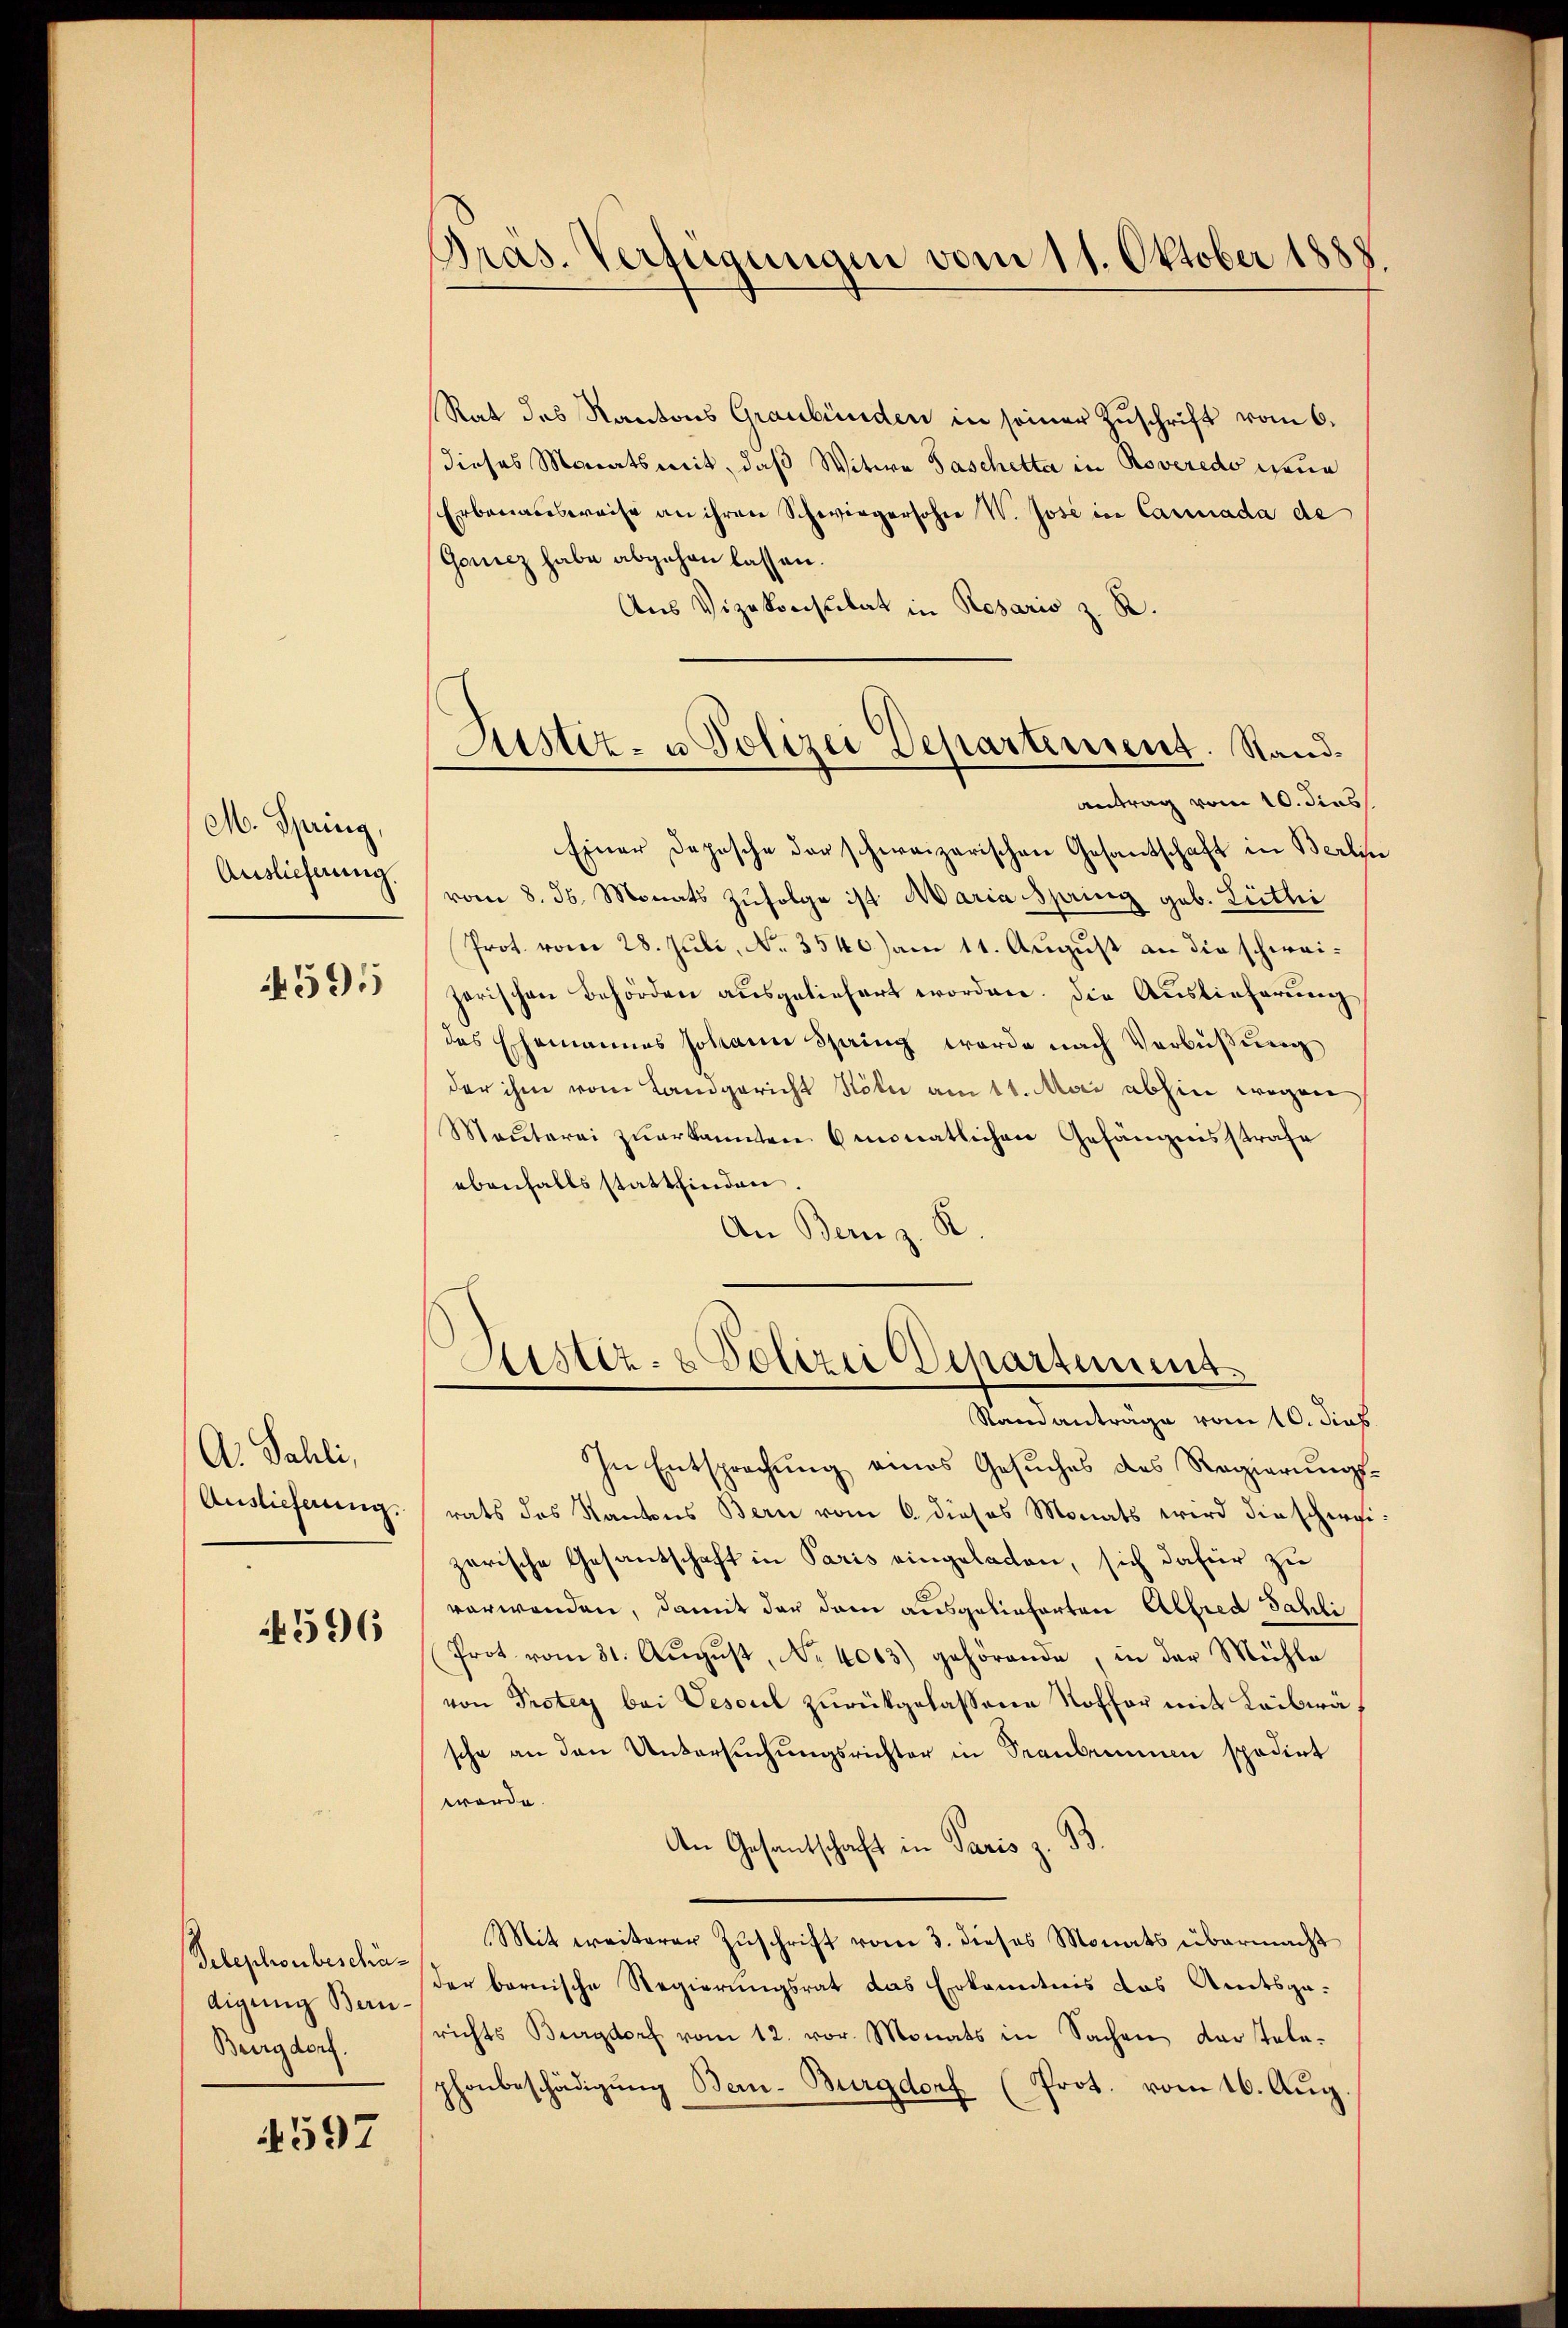
M. Spring,
Auslieferung.
591

A. Sahli,
Auslieferung.

4596

Telephonbeschädigung Beru¬
Burgdorf.

4597

Pras. Verfügungen vom 11. Oktober 1888

Rat des Kantons Graubünden in seiner Zŭschrift vom 6.
dieses Monatsmit, daß Witwe Taschetta in Roveredo wenn
Erbanausweise an ihren Schwiegersohne W. Jose in Canada de
Gonicz habe abgehen lassen.
Aus Vizekonstitat in Resaris z. R.
antrag vom 10. dies
Einer Depesche der schweizerischen Gesandschaft in Berlin
vom 8. ds. Monats zufolge ist Maria spring geb. Linthi
Prot. vom 28. Juli, No. 3540) am 11. August an die schweizerischen Behörden ausgeliefert worden. Die Auslieferung
das Ehemannes Johann Sprung werde nach Verbüßung
der ihm vom Landgericht Köln am 11. Mai abhin wegen
Manterei zuerkannten 6 monatlichen Gefängnisstrafe
ebenfalls stattfinden.
An Bern z. K
Astiz- & Polizei Departement.
Standantrage vom 10. dies
In Entsprechung eines Gesuches des Regierungsrats des Kantons Bern vom 6. dieses Monats wird diescherizerische Gesantschaft in Paris eingeladen, sich dafür zu
verwenden, damit der dem ausgelieferten Alfred Sahli
Prot. vom 31. Aŭgŭst No. 4063) gehörende, in der Mühle
von Protey bei Vesoul zurückgelassene Noffer mit Leibwäsche an den Untersuchungsrichter in Staubernen spedirt
werde.
An Gesantschaft in Paris z. 93.
Mit weiterer Zŭschrift vom 3. dieses Monats übermacht
der bernische Regierungsrat das Erkanntnis das Amtsge-
richts Burgdorf vom 12. vor. Monats in Sachen darstelephonbeschädigŭng Bern-Burgdorf (Prot. vom 16. Aug.

Justiz- u Polizei Departement. Stand¬